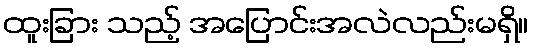
ထူးခြား သည့် အပြောင်းအလဲလည်းမရှိ။